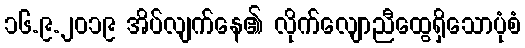
၁၆.၉.၂၀၁၉ အိပ်လျက်နေ၏ လိုက်လျောညီထွေရှိသောပုံစံ